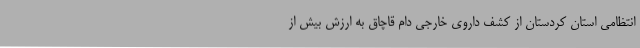
انتظامی استان کردستان از کشف داروی خارجی دام قاچاق به ارزش بیش از